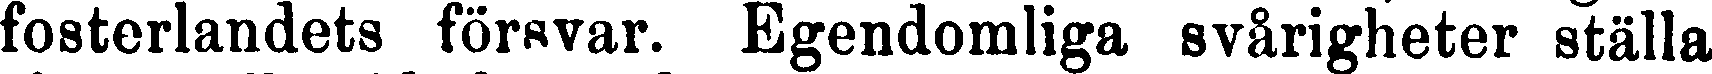
fosterlandets försvar. Egendomliga svårigheter ställa